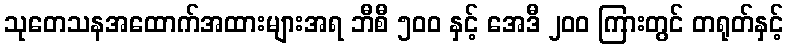
သုတေသနအထောက်အထားများအရ ဘီစီ ၅၀၀ နှင့် အေဒီ ၂၀၀ ကြားတွင် တရုတ်နှင့်